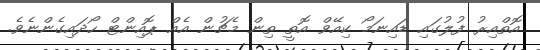
އޮތްއިރު ފުލުގައި ޑައިނަމޯ ކިއޭވް އޮތީ ތިން މެޗުން އެއް ޕޮއިންޓް ހޯދައިގެންނެވެ.